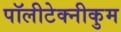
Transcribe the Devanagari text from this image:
पॉलीटेक्नीकुम